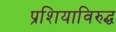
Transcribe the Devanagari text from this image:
प्रशियाविरुद्ध